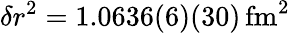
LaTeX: \delta r^{2}=1.0636(6)(30)\, \mathrm{fm^{2}}